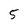
Character: 5